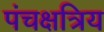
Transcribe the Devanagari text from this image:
पंचक्षत्रिय